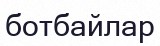
ботбайлар